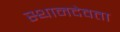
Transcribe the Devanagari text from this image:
स्थानदेवता